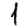
Digit: 1